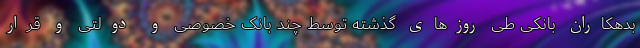
بدهکاران بانکی طی روزهای گذشته توسط چند بانک خصوصی و دولتی و قرار